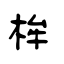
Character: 桙